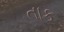
તાક